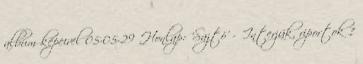
album képeivel 05-05-29 Honlap: 'Sajtó' - 'Interjúk, riportok 1